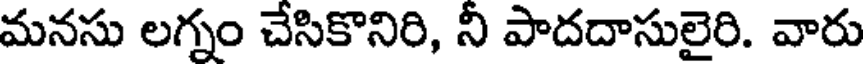
మనసు లగ్నం చేసికొనిరి, నీ పాదదాసులైరి. వారు